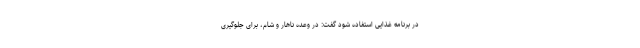
در برنامه غذایی استفاده شود گفت: در وعده ناهار و شام، برای جلوگیری